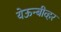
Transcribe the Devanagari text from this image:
येऊन्बीव्हर